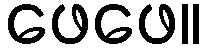
ဖေဖေ။